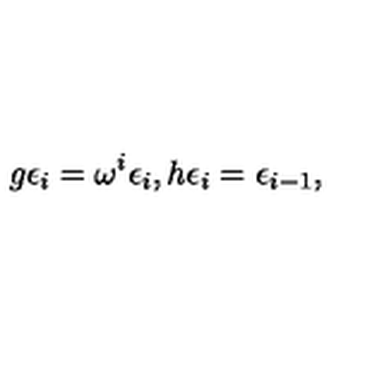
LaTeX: g \epsilon _ { i } = \omega ^ { i } \epsilon _ { i } , h \epsilon _ { i } = \epsilon _ { i - 1 } ,